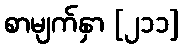
စာမျက်နှာ [၂၁၁]